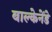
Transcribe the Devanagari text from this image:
बाल्केनेंडे